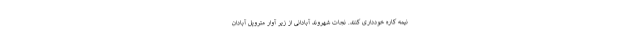
نیمه کاره خودداری کنند. نجات شهروند آبادانی از زیر آوار متروپل آبادان